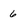
Character: 6